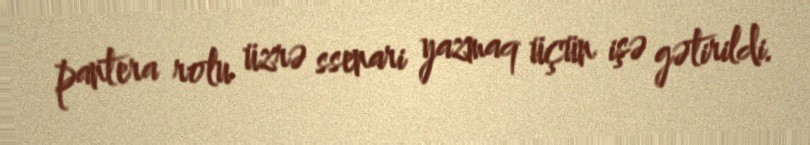
pantera rolu üzrə ssenari yazmaq üçün işə gətirildi.